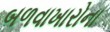
બળવાખારોના